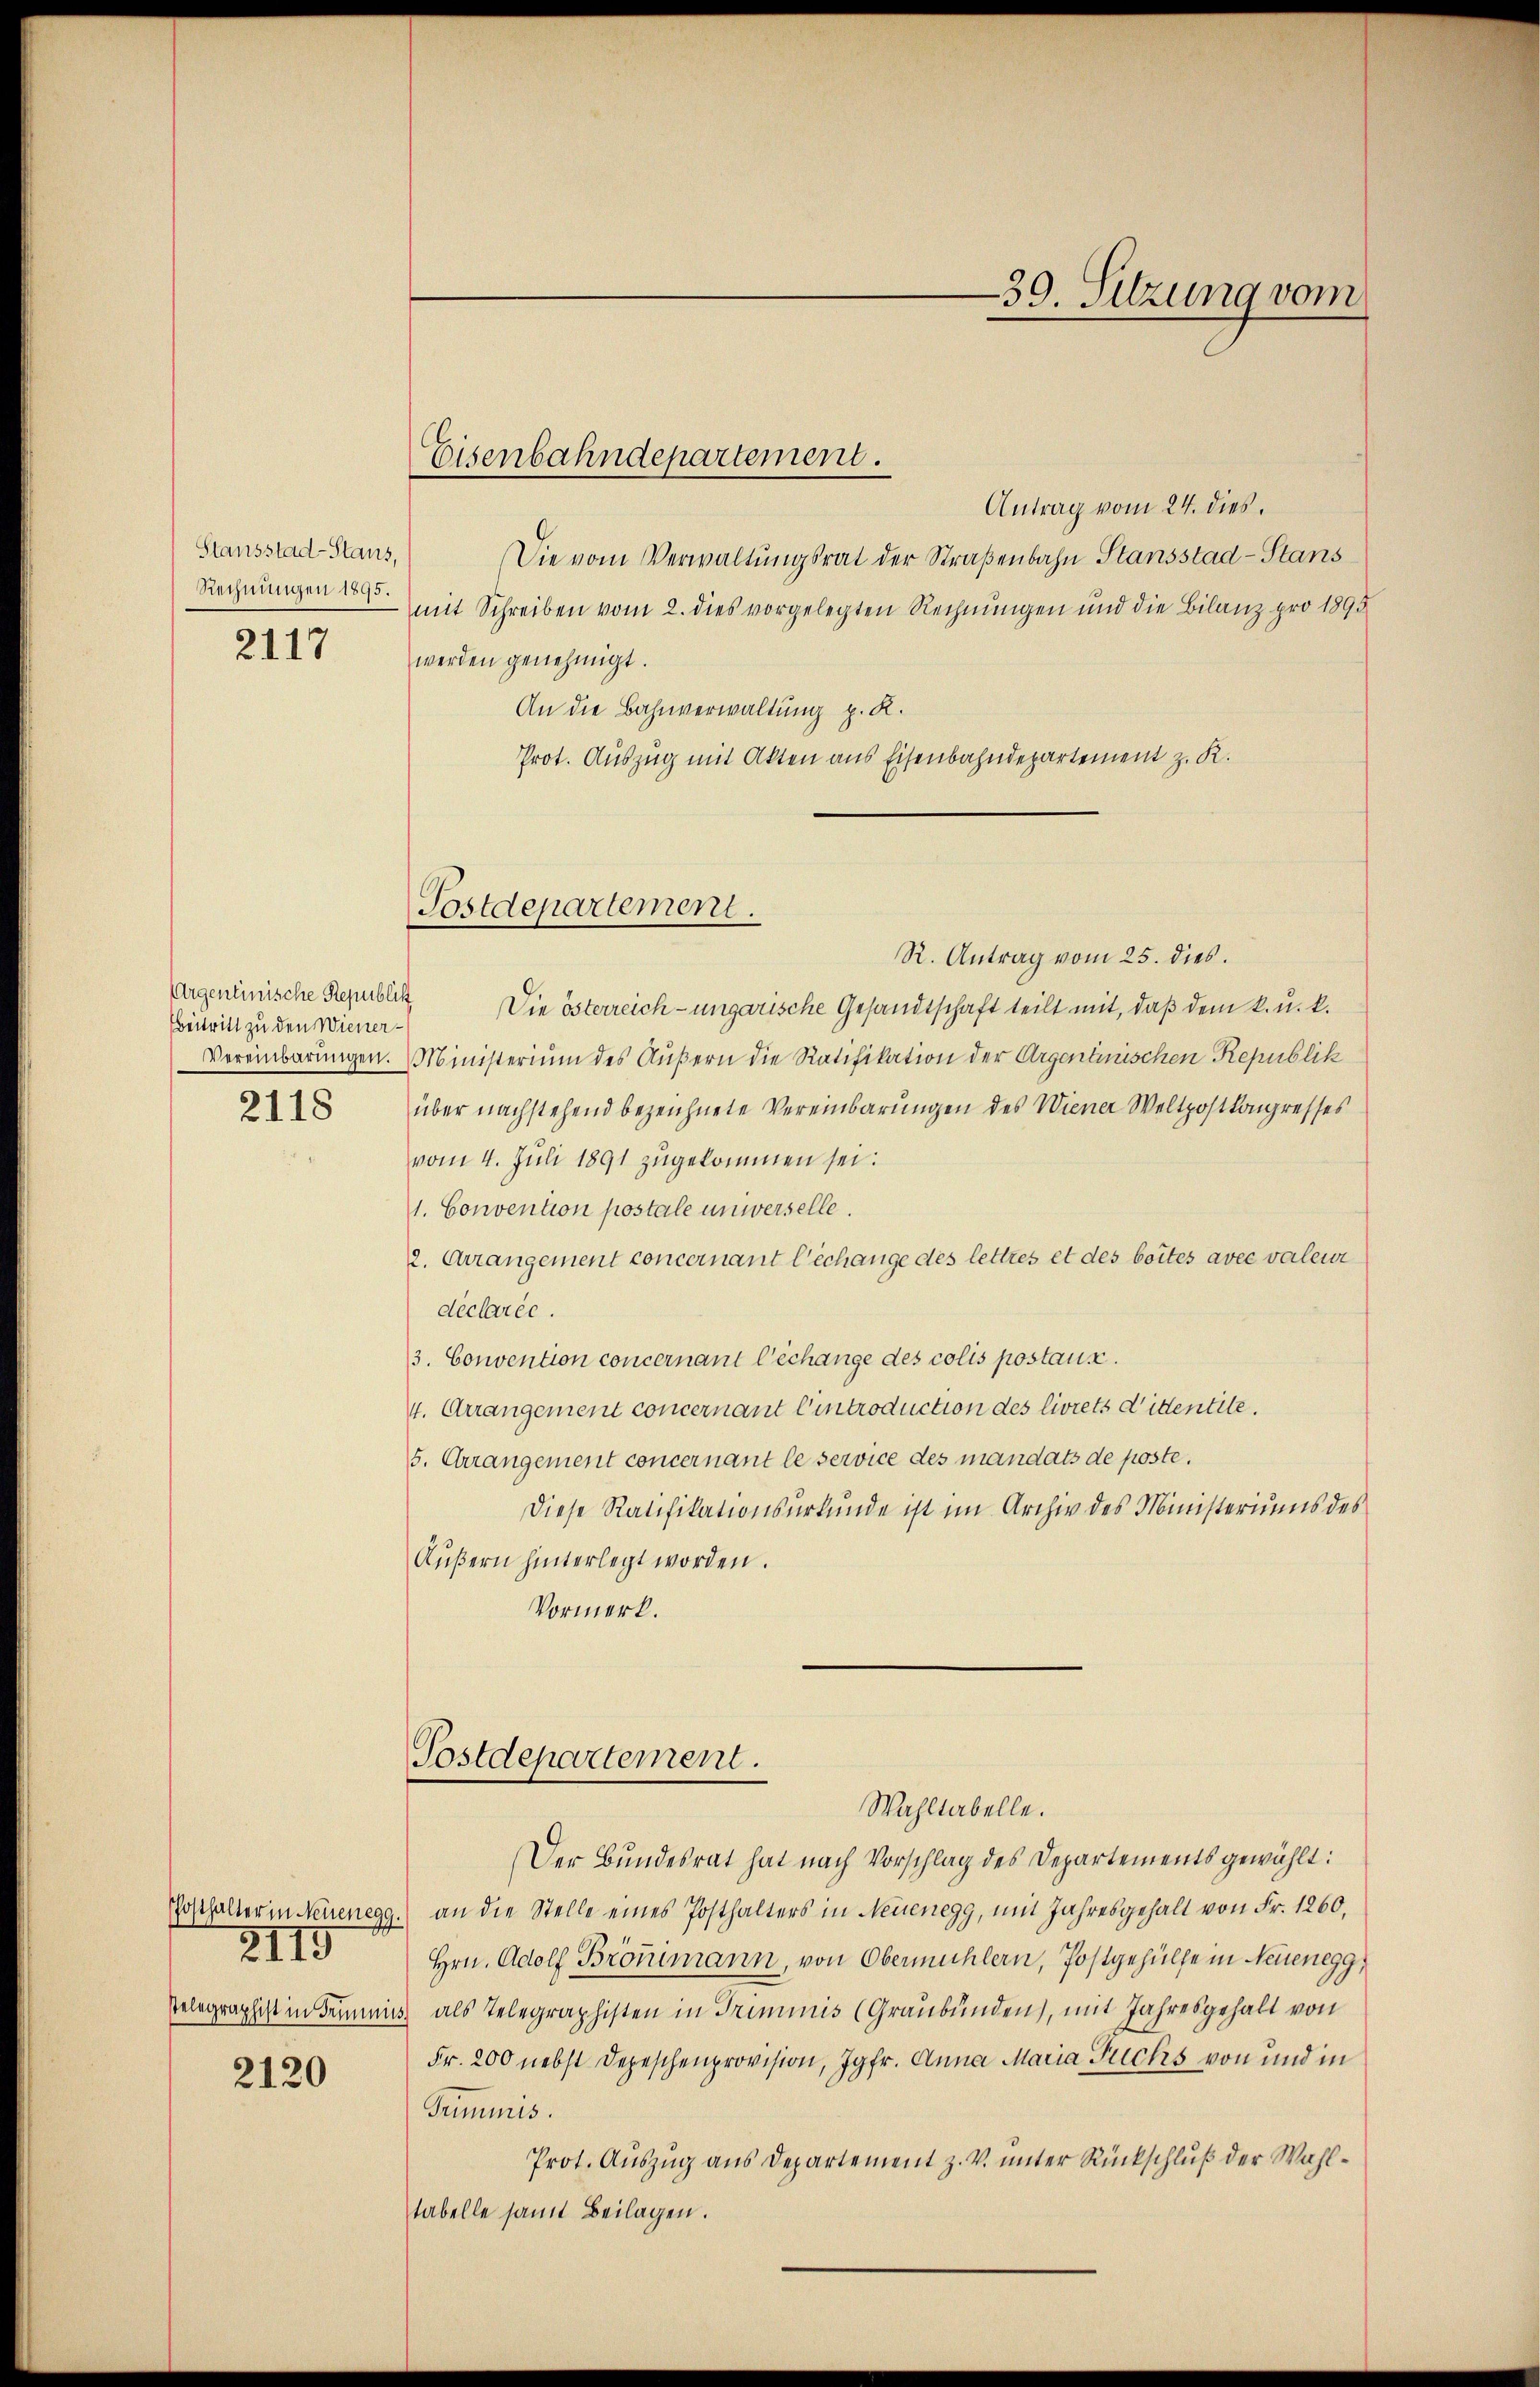
Stausstad-Stans,
Rechnungen 1895.

2117

Argenlinische Republik
Beitritt zu den Wiener¬
2118

2119

2120

Eisenbahndepartement.

Antrag vom 24. dies.
Die vom Verwaltungsrat der Straßenbahn Stansstad-Stans
mit Schreiben vom 2. dies vorgelegten Rechnŭngen und die Bilanz pro 1895
werden genehmigt.
An die Bahnverwaltung p. K.
Prot. Auszug mit Akten aus Eisenbahndepartement z. K.

Postdepartement.

R. Antrag vom 25. dies.
Die österreich- ungarische Gesandtschaft teilt mit, daß dem k. u. k.
Vereinbarungen. Ministerium des Äußern die Ratifikation der Argenlinischen Republik
über nachstehend bezeichnete Vereinbarungen des Wiener Weltpostkongresses
vom 4. Juli 1891 zugekommen sei.
1. Convention postale unweiselle.
2. Arrangement concernant l’échange des lettres et des bottes avec valeur
declarée.
3. Convention concernant l’échange des colis postause.
4. Arrangement concernant Eintroduction des livrets dittentite.
5. Arrangement concernant le service des mandats de poste.
Diese Ratifikationsurkunde ist im Archiv des Ministeriums des
Aŭβern hinterlegt worden.
Vormerk.

Postdepartement.
Wahltabelle.

Der Bundesrat hat nach Vorschlag des Departements gewählt:
osthalter in Neuenegg.) an die Stelle eines Posthalters in Neuenegg, mit Jahresgehalt von Fr. 1260.
Hrn. Adolf Bronimann, von Obermühlern, Postgehülfe in Neuenegg,
Telegraphist in Trumnis als Telegraphisten in Triminis (Graubünden, mit Jahresgehalt von
Fr. 200 nebst Depeschenprovision, Jgfr. Anna Maria Trichs von und in
Trimmis.
Prot. Auszug aus Departement z. V. unter Rückschluß der Wahltabelle samt Beilagen.

39. Sitzung vom